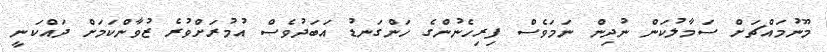
މޫނުމައްޗަށް ސަމާލުކަން ނުދިން ނަމަވެސް ފިރިހެނުންގެ ހަންގަނޑުު އަބަދުވެސް އުމުރަށްވުރެ ޒުވާންކަމަށް ދައްކަނީ